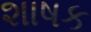
શાષક